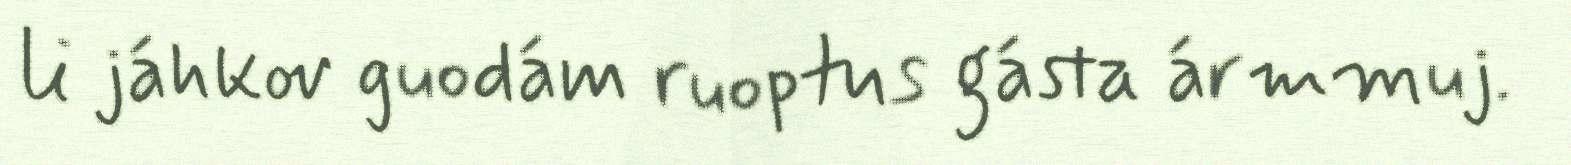
li jáhkov guodám ruoptus gásta ármmuj.